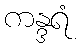
ကန္ဒရံ